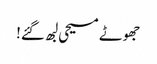
جھوٹے مسیحی لبھ گئے!